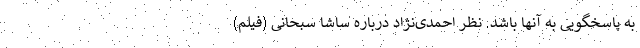
به پاسخگویی به آنها باشد. نظر احمدی‌نژاد درباره ساشا سبحانی (فیلم)